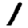
Digit: 1